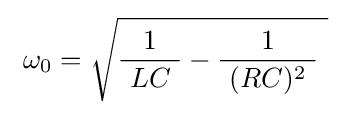
\ \omega _{0}={\sqrt {{\frac {1}{\ LC\ }}-{\frac {1}{\ (RC)^{2}\ }}\ }}\